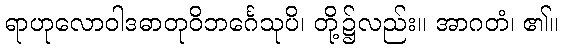
ရာဟုလောဝါဒဓာတုဝိဘင်္ဂေသုပိ၊ တို့၌လည်း။ အာဂတံ၊ ၏။